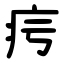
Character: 疞